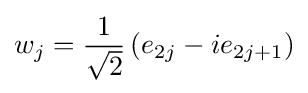
w_{j}={\frac {1}{\sqrt {2}}}\left(e_{2j}-ie_{2j+1}\right)